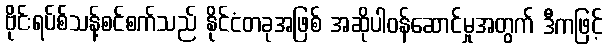
ဗိုင်းရပ်စ်သန့်စင်စက်သည် နိုင်ငံတခုအဖြစ် အဆိုပါဝန်ဆောင်မှုအတွက် ဒီကဖြင့်